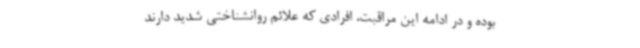
بوده و در ادامه این مراقبت، افرادی که علائم روانشناختی شدید دارند